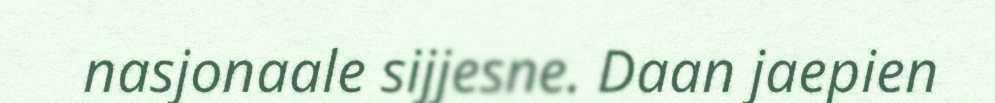
nasjonaale sijjesne. Daan jaepien